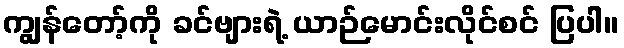
ကျွန်တော့်ကို ခင်ဗျားရဲ့ ယာဉ်မောင်းလိုင်စင် ပြပါ။